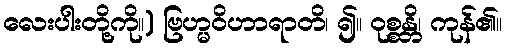
လေးပါးတို့ကို။) ဗြဟ္မဝိဟာရာတိ၊ ၍။ ဝုစ္စန္တိ၊ ကုန်၏။